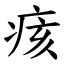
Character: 痎